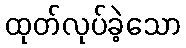
ထုတ်လုပ်ခဲ့သော